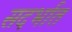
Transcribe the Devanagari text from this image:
सदर्भात